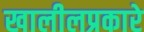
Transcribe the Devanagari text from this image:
खालीलप्रकारे